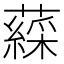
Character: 𧀊